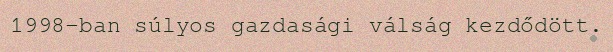
1998-ban súlyos gazdasági válság kezdődött.